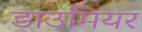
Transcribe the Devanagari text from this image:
डाउमियर